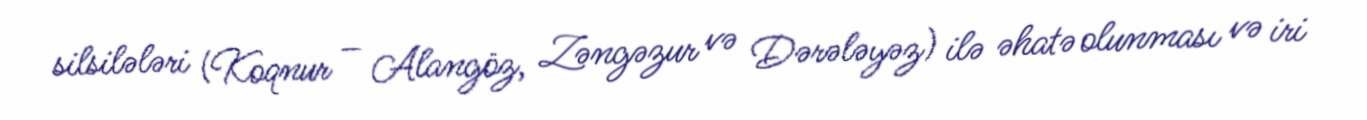
silsilələri (Koqnur – Alangöz, Zəngəzur və Dərələyəz) ilə əhatə olunması və iri